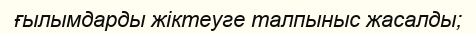
ғылымдарды жіктеуге талпыныс жасалды;